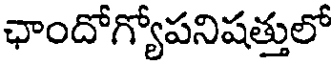
ఛాందోగ్యోపనిషత్తులో